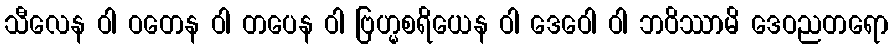
သီလေန ဝါ ဝတေန ဝါ တပေန ဝါ ဗြဟ္မစရိယေန ဝါ ဒေဝေါ ဝါ ဘဝိဿာမိ ဒေဝညတရော